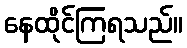
နေထိုင်ကြရသည်။